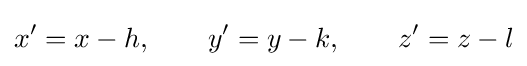
x'=x-h,\qquad y'=y-k,\qquad z'=z-l